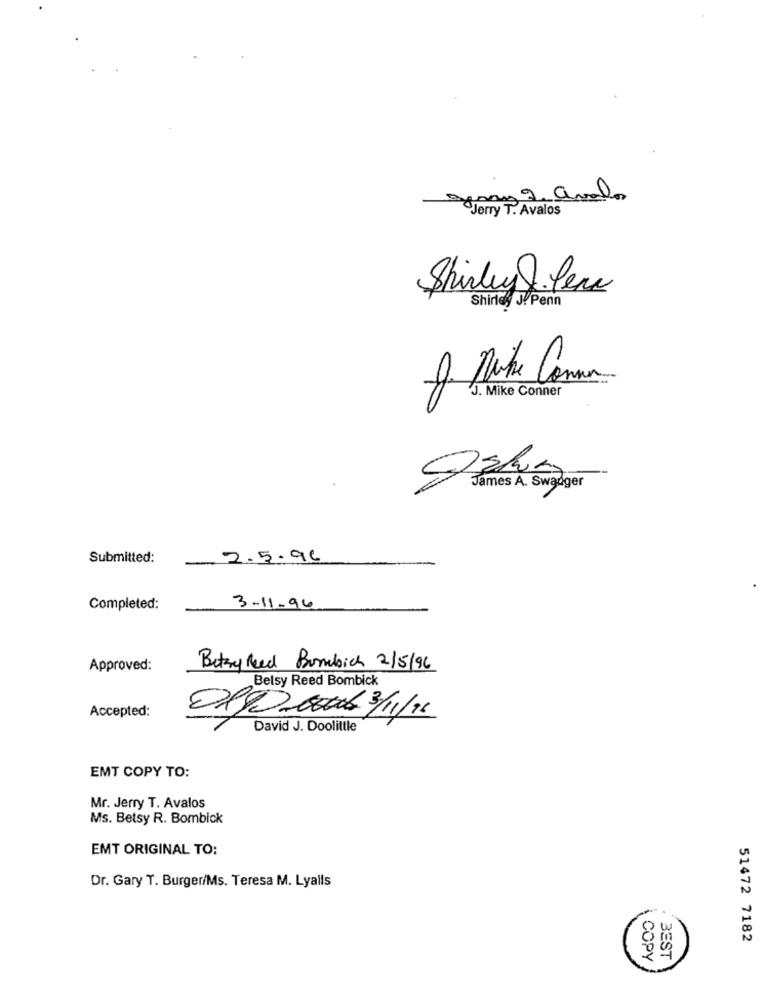
gerry 9. avalos
Jerry T. Avalos
Shirley . lene
Shirley J.Penn
J. Mike Conner
James A. Swądger
Submitted:
2.5.96
Completed:
3.11.96
Approved:
Betsyfeed Bombich 2/5/96
Betsy Reed Bombick
Accepted:
Olga 3/1/15
David J. Doolittle
EMT COPY TO:
Mr. Jerry T. Avalos
Ms. Betsy R. Bombick
EMT ORIGINAL TO:
Dr. Gary T. Burger/Ms. Teresa M. Lyalls
51472 7182
COPY
BEST